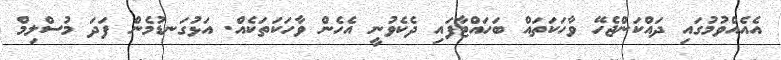
އެއެއްވުމުގައި ދައްކަންޖެހޭ ވާހަކަތައް ބަހައްޓާފައި ދެކެވުނީ އެހެން ވާހަކަތަކެއް. އަޅުގަނޑުމެން ފަދަ މުސްލިމް